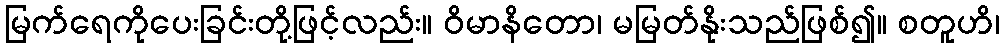
မြက်ရေကိုပေးခြင်းတို့ဖြင့်လည်း။ ဝိမာနိတော၊ မမြတ်နိုးသည်ဖြစ်၍။ စတူဟိ၊